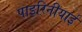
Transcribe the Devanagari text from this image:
पाइरिनीयाई